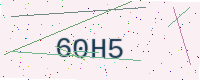
Text: 60H5